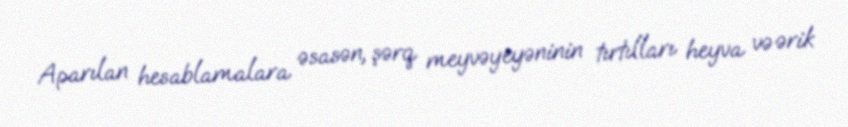
Aparılan hesablamalara əsasən, şərq meyvəyeyəninin tırtılları heyva və ərik